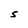
Character: S